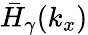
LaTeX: \bar{H}_{\gamma}(k_{x})